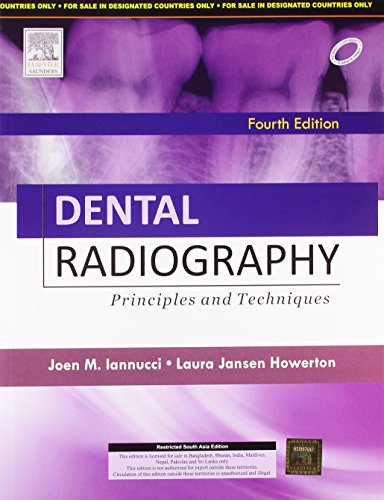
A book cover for Dental Radiography Principles and Techniques (English) 4th Edition; Iannucci; Medical Books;